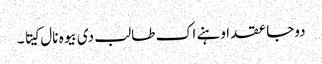
دوجا عقد اوہنے اک طالب دی بیوہ نال کیتا ۔